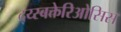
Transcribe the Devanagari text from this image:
द्य्स्बक्तेरिओसिस